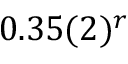
0 . 3 5 ( 2 ) ^ { r }